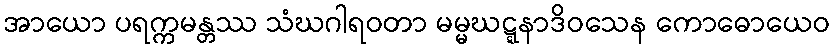
အာယော ပရက္ကမန္တဿ သံဃဂါရဝတာ မမ္မဃဋ္ဋနာဒိဝသေန ကောဓောယေဝ